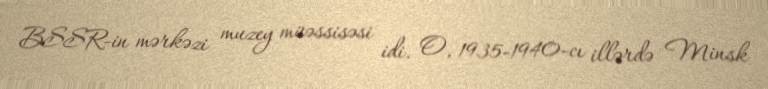
BSSR-in mərkəzi muzey müəssisəsi idi. O, 1935-1940-cı illərdə Minsk